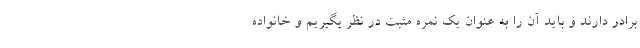
برادر دارند و باید آن را به عنوان یک نمره مثبت در نظر بگیریم و خانواده